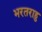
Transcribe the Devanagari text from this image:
भरतराहु